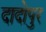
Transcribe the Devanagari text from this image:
दादोपुर